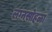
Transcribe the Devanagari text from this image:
लग्नसोहळा